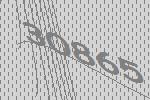
30865